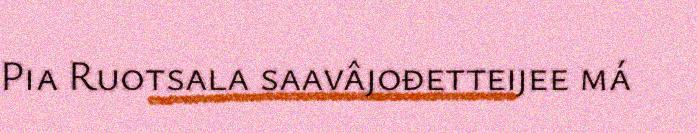
Pia Ruotsala saavâjođetteijee má